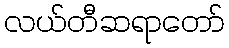
လယ်တီဆရာတော်